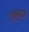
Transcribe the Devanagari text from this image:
ज़च